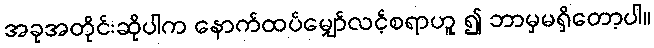
အခုအတိုင်းဆိုပါက နောက်ထပ်မျှော်လင့်စရာဟူ ၍ ဘာမှမရှိတော့ပါ။